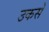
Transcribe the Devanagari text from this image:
उकसे